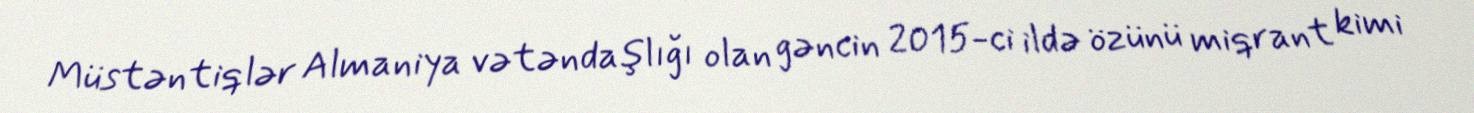
Müstəntiqlər Almaniya vətəndaşlığı olan gəncin 2015-ci ildə özünü miqrant kimi